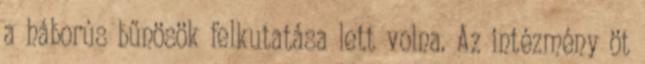
a háborús bűnösök felkutatása lett volna. Az intézmény öt